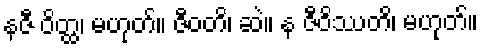
နဇီ ဝိတ္ထ၊ မဟုတ်။ ဇီဝတိ၊ ဆဲ။ န ဇီဝိဿတိ၊ မဟုတ်။